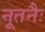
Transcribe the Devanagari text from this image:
नूतनैः